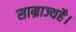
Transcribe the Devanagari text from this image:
साम्राज्यहै।